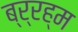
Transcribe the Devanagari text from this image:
ब्र्रह्म